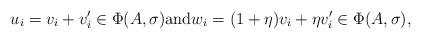
LaTeX: \begin{align*}u_i=v_i+v'_i\in\Phi(A,\sigma){\rm and}w_i=(1+\eta)v_i+\eta v'_i\in\Phi(A,\sigma),\end{align*}